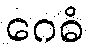
ဂေဓံ